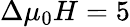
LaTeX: \Delta\mu_{0}H=5